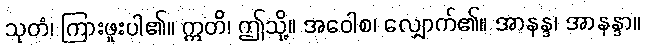
သုတံ၊ ကြားဖူးပါ၏။ ဣတိ၊ ဤသို့။ အဝေါစ၊ လျှောက်၏။ အာနန္ဒ၊ အာနန္ဒာ။